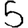
Digit: 5